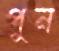
পুন